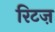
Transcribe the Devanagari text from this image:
रिटज़